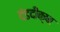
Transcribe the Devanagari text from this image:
दंडदीक्षा